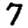
Digit: 7